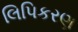
લિપિકરણ